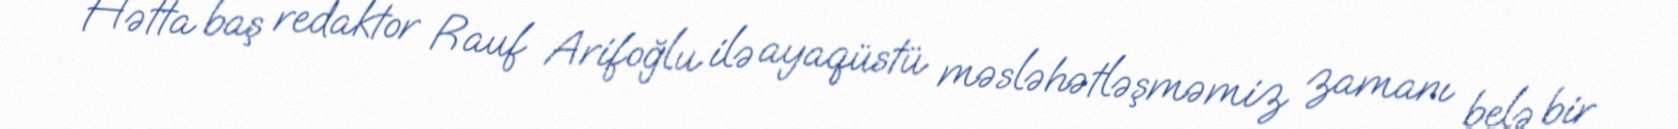
Hətta baş redaktor Rauf Arifoğlu ilə ayaqüstü məsləhətləşməmiz zamanı belə bir